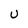
Character: U